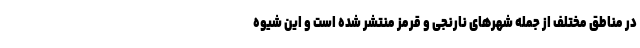
در مناطق مختلف از جمله شهرهای نارنجی و قرمز منتشر شده است و این شیوه